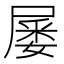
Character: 𡲹